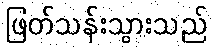
ဖြတ်သန်းသွားသည်